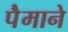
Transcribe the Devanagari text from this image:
पैेमाने